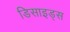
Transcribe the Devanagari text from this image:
डिसाइड्स